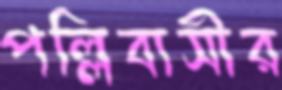
পল্লিবাসীর